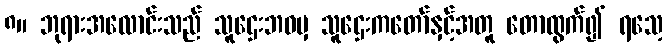
၈။ ဘုရားအလောင်းသည် သူဌေးဘဝမှ သူဌေးကတော်နှင့်အတူ တောထွက်၍ ရသေ့